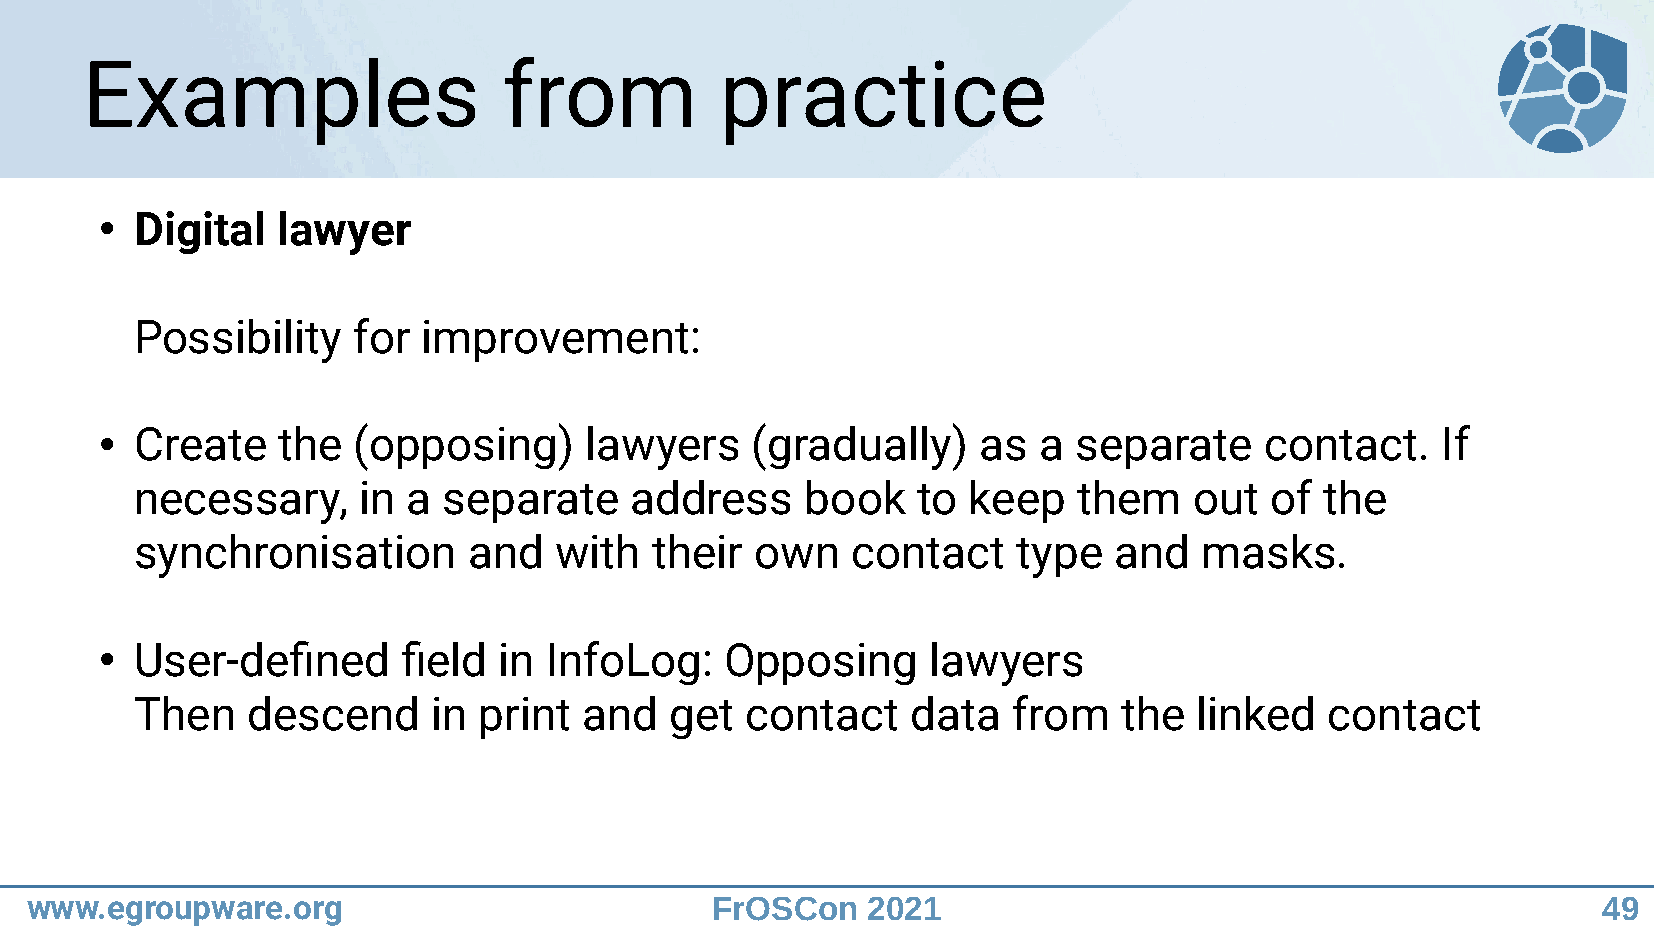
Examples                    from           practice
 Digital  lawyer
 ●
 Possibility   for  improvement:
 Create   the  (opposing)      lawyers    (gradually)    as  a separate     contact.   If
 ●
 necessary,     in a separate     address    book    to keep   them    out  of  the
 synchronisation       and   with  their  own   contact    type   and   masks.
 User-defined      field in InfoLog:    Opposing      lawyers
 ●
 Then   descend      in print  and  get  contact    data   from   the  linked   contact
 www.egroupware.org                           FrOSCon   2021                                             49